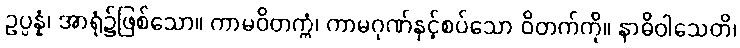
ဥပ္ပန္နံ၊ အာရုံ၌ဖြစ်သော။ ကာမဝိတက္ကံ၊ ကာမဂုဏ်နှင့်စပ်သော ဝိတက်ကို။ နာဓိဝါသေတိ၊